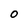
Character: O